Report of the Imperial Institute of Veterinary Research, Muktesar
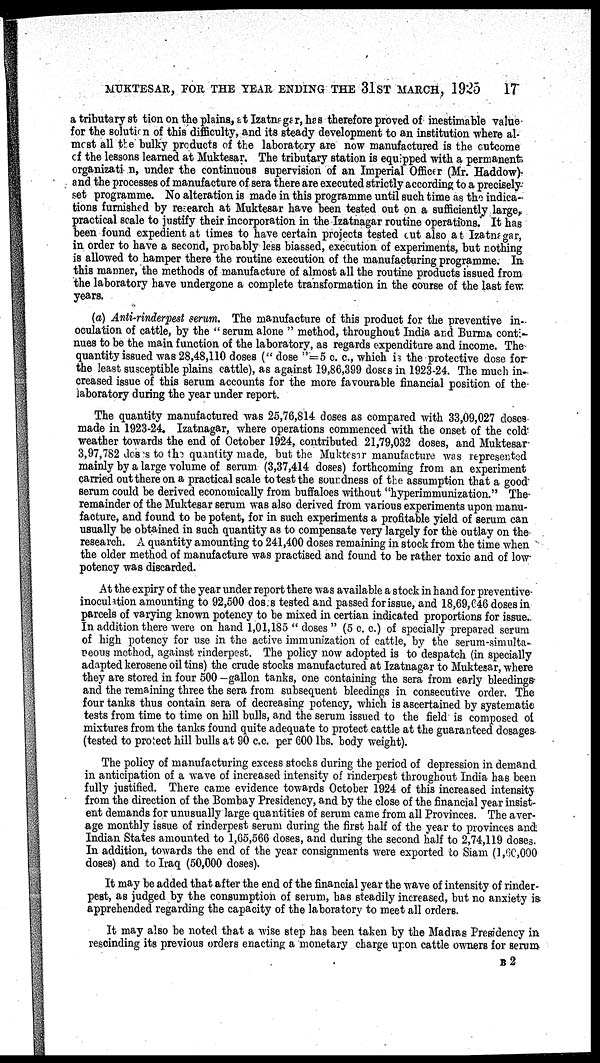
MUKTESAR, FOR THE YEAR ENDING THE 31ST MARCH, 1925
17
a tributary station on the plains, at Izatnagar, has therefore proved of inestimable value
for the solution of this difficulty, and its steady development to an institution where al-
most all the bulky products of the laboratory are now manufactured is the outcome
of the lessons learned at Muktesar. The tributary station is equipped with a permanent
organization, under the continuous supervision of an Imperial Officer (Mr. Haddow)
and the processes of manufacture of sera there are executed strictly according to a precisely
set programme. No alteration is made in this programme until such time as the indica-
tions furnished by research at Muktesar have been tested out on a sufficiently large,
practical scale to justify their incorporation in the Izatnagar routine operations. It has
been found expedient at times to have certain projects tested cut also at Izatnagar,
in order to have a second, probably less biassed, execution of experiments, but nothing
is allowed to hamper there the routine execution of the manufacturing programme. In
this manner, the methods of manufacture of almost all the routine products issued from
the laboratory have undergone a complete transformation in the course of the last few
years.
(a) Anti-rinderpest serum. The manufacture of this product for the preventive in-
oculation of cattle, by the " serum alone " method, throughout India and Burma conti-
nues to be the main function of the laboratory, as regards expenditure and income. The
quantity issued was 28,48,110 doses (" dose "= 5 c. c., which is the protective dose for
the least susceptible plains cattle), as against 19,86,399 doses in 1923-24. The much in-
creased issue of this serum accounts for the more favourable financial position of the
laboratory during the year under report.
The quantity manufactured was 25,76,814 doses as compared with 33,09,027 doses
made in 1923-24. Izatnagar, where operations commenced with the onset of the cold
weather towards the end of October 1924, contributed 21,79,032 doses, and Muktesar
3,97,782 doses to the quantity made, but the Muktesar manufacture was represented
mainly by a large volume of serum (3,37,414 doses) forthcoming from an experiment
carried out there on a practical scale to test the soundness of the assumption that a good
serum could be derived economically from buffaloes without "hyperimmunization." The
remainder of the Muktesar serum was also derived from various experiments upon manu-
facture, and found to be potent, for in such experiments a profitable yield of serum can
usually be obtained in such quantity as to compensate very largely for the outlay on the
research. A quantity amounting to 241,400 doses remaining in stock from the time when
the older method of manufacture was practised and found to be rather toxic and of low
potency was discarded.
At the expiry of the year under report there was available a stock in hand for preventive-
inoculation amounting to 92,500 doses tested and passed for issue, and 18,69,646 doses in
parcels of varying known potency to be mixed in certian indicated proportions for issue.
In addition there were on hand 1,01,185 " doses " (5 c. c.) of specially prepared serum
of high potency for use in the active immunization of cattle, by the serum-simulta-
neous method, against rinderpest. The policy now adopted is to despatch (in specially
adapted kerosene oil tins) the crude stocks manufactured at Izatnagar to Muktesar, where
they are stored in four 500 -gallon tanks, one containing the sera from early bleedings
and the remaining three the sera from subsequent bleedings in consecutive order. The
four tanks thus contain sera of decreasing potency, which is ascertained by systematic
tests from time to time on hill bulls, and the serum issued to the field is composed of
mixtures from the tanks found quite adequate to protect cattle at the guaranteed dosages
(tested to protect hill bulls at 90 c.c. per 600 lbs. body weight).
The policy of manufacturing excess stocks during the period of depression in demand
in anticipation of a wave of increased intensity of rinderpest throughout India has been
fully justified. There came evidence towards October 1924 of this increased intensity
from the direction of the Bombay Presidency, and by the close of the financial year insist-
ent demands for unusually large quantities of serum came from all Provinces. The aver-
age monthly issue of rinderpest serum during the first half of the year to provinces and
Indian States amounted to 1,65,566 doses, and during the second half to 2,74,119 doses.
In addition, towards the end of the year consignments were exported to Siam (1,60,000
doses) and to Iraq (50,000 doses).
It may be added that after the end of the financial year the wave of intensity of rinder-
pest, as judged by the consumption of serum, has steadily increased, but no anxiety is
apprehended regarding the capacity of the laboratory to meet all orders.
It may also be noted that a wise step has been taken by the Madras Presidency in
rescinding its previous orders enacting a monetary charge upon cattle owners for serum
B 2